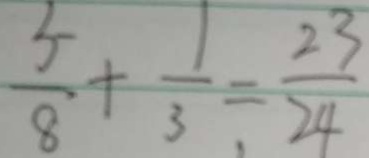
\frac { 5 } { 8 } + \frac { 1 } { 3 } = \frac { 2 3 } { 2 4 }